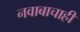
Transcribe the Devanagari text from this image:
नवाबाचाही